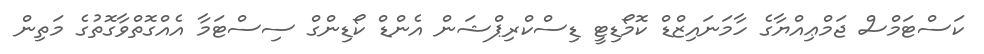
ކަސްޓަމްސް ޖަމްޢިއްޔާގެ ހާމަނައިޒްޑް ކޮމޯޑިޓީ ޑިސްކްރިޕްޝަން އެންޑް ކޯޑިންގް ސިސްޓަމާ އެއްގޮތްވާގޮތުގެ މަތިން